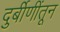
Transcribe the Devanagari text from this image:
दुर्बीणींतून